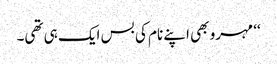
‘‘ مہرو بھی اپنے نام کی بس ایک ہی تھی۔